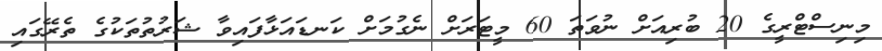
މިނިސްޓްރީގެ 20 ބުރިއަށް ނުވަތަ 60 މީޓަރަށް ނެގުމަށް ކަނޑައަޅާފައިވާ ޝަރުތުތަކުގެ ތެރޭގައި